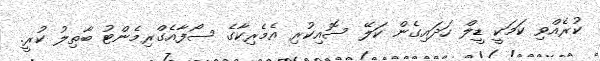
ކުރެއްވި ކަމަކީ ޑީލް ހަދައިގެން ކަލޭ ސޮއިކުރި އެމެރިކާގެ ސޯފާއެގްރިމެންޓު ބާތިލު ކުރީ.